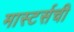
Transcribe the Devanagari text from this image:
मास्टर्सची